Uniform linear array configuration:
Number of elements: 16
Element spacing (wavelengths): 0.75
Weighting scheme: kaiser
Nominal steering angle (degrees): -60
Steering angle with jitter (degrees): -58.263
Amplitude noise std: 0.05
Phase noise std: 0.05

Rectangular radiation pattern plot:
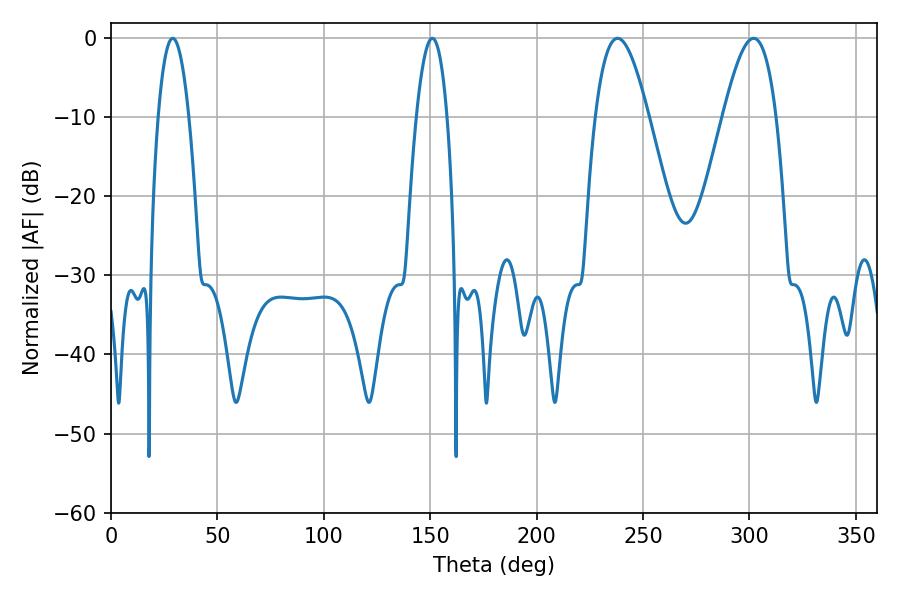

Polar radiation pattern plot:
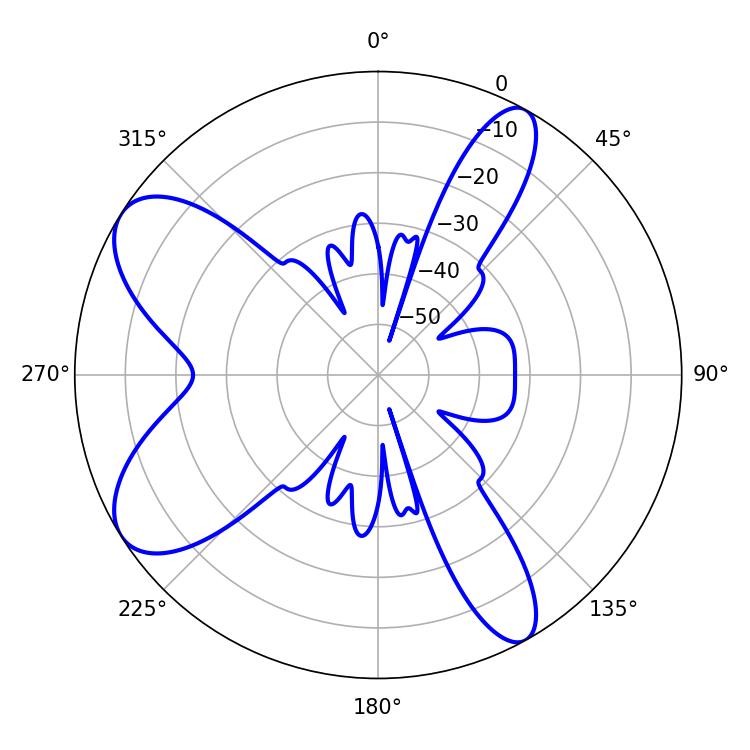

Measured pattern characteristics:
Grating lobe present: TRUE
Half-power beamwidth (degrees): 7.92
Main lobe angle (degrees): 151.02